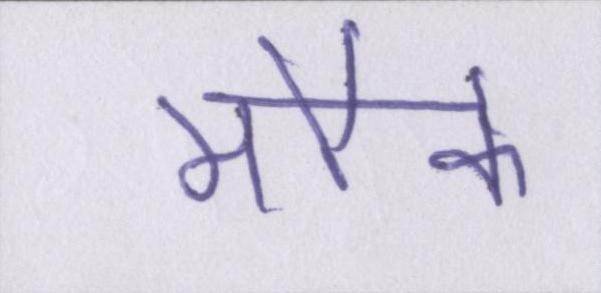
मौके